Report on sanitation, dispensaries, and jails in Rajputana for 1916, and on vaccination for the year 1916-1917 - 1916-1917
Year: 1916
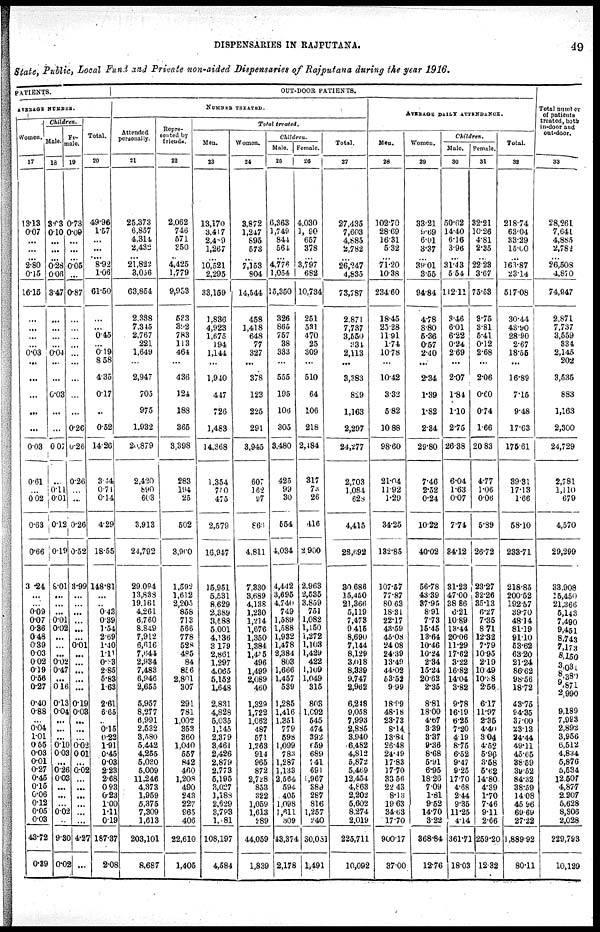
DISPENSARIES IN RAJPUTANA. 49
State, Public, Local Fund and Private non-aided Dispensaries of Rajputana during the year 1916.
PATIENTS.
AVERAGE MEMBER
Women.
17
13.13
0.07
...
...
...
2.80
0.15
16.15
...
...
...
...
0.03
...
...
...
...
...
0.03
0.61
0.02
0.63
0.66
3.24
...
...
0.09
0.07
0.86
048
0.39
0.03
0.02
0.19
0.56
0.27
0.40
0.88
...
0.04
1.01
0.55
0.03
0.01
0.27
0.45
0.15
0.06
0.12
0.05
0.03
43.72
0.39
Children.
Male.
18
3.93
0.10
...
...
... 0.28
0.06
3.47
...
...
...
...
0.04
...
...
0.03
...
...
0.07
..
0.11 0.01
0.12
0.19
8.01
...
...
...
0.01
0.02
...
...
...
0.02
0.47
...
0.16
0.13
0.04
...
...
...
0.10
0.03
...
0.26
0.03
...
...
...
0.02
...
9.30
0.02
Female.
19
0.73
0.09
...
...
...
0.05
...
0.87
...
...
...
...
...
...
...
...
...
0.26
0.26
0.26
...
...
0.26
0.32
3.99
...
...
...
...
...
...
0.01
...
...
...
...
...
0.19
0.03
...
...
...
0.02 0.01
...
0.02
...
...
...
...
...
...
4.27
...
Total.
20
49.96
1.57
...
...
... 8.92
1.06
61.50
...
...
0.45
...
0.19
8.58
4.35
017
..
0.32
14.26
3.44
0.71
0.14
4.29
18.55
148.81
...
...
0.43
0.39
1.54
2.69
1.40
1.11
0.03
2.85
5.83
1.63
2.61
6.65
...
0.15
0.22
1.91
0.45
0.03
2.23
2.68
0.93
0.23
1.00
1.11
0.19
187.37
2.08
OUT-DOOR PATIENTS.
NUMBER TREATED.
Attended
personally.
21
25.373
6.857
4.314
2,432
... 21.822
3.066
63,854
2.388
7.345
2,767
221
1,649
...
2,947
705
975
1.932
20.879
2.420
890
603
3.913
24,792
29.094
13,833
19.161
4.261
6.760
8.849
7,912
6,616
7,544
2.934
7,483
6,946
2,655
5,957
8,277
6,991
2.532
3,380
5.442
4,255
5.020
5.009
11,246
4.373
1,959
5,375
7,309
1,613
203,101
8,687
Repre¬
sented by
friends.
22
2,062
746
571
350
... 4,425
1,779
9,933
533
322
783
113
464
...
436
124
183
365
3.398
283
194
25
502
3.900
1,592
1,612
2,205
858
713
566
778
528
485
84
856
2.801
307
291
781
1,002
353
360
1,040
557
842
460
1,208
490
243
227
965
406
22,610
1,405
Total
treated.
Men.
23
13,170
3,417
2.489
1,267
...
10,521
2,295
33,159
1,836
4,923
1.675
194
1,144
...
1,940
447
726
1,483
14.368
1.354
770
475
2,579
16.947
15,951
5,531
8.629
2.389
3,688
5.001
4,136
3.179
2,861
1,297
4.065
5,152
1,648
2.831
4,828
5,035
1,145
2,379
3,461
2.426
2,879
2.773
5,196
3,027
1,l88
2,629
3,793
1,81
108,197
4,584
Women.
24
3,872
1,247
895
573
...
7.153
804
14,544
458
1,418
648
77
327
...
378
123
225
291
3,945
607
162
97
865
4.811
7.330
3,689
4,138
1,230
1,214
1,676
1.350
1,384
1,455
496
1,499
2,089
460
1,329
1,722
1,062
487
571
1.263
914
965
872
2,728
853
322
1,059
1,613
289
44,059
1,839
Children.
Male.
25
6,363
1,749
841
561
...
4,776
1,054
15,350
326
865
757
38
333
...
555
195
106
305
3.480
425
99
30
554
4.034
4,442
3,695
4,744
749
1,589
1,588
1,932
1,478
2,384
803
1,666
1,457
539
1,285
1,416
1.351
779
598
1,099
783
1,287
1,133
2,564
594
405
1,098
1,611
309
43,374
2,178
Female.
26
4.030
1, 90
657
378
... 3,797
682
10,734
251
531
470
25
309
...
510
64
106
218
2,184
317
74
26
416
2,900
2.963
2,535
3.869
751
1.082
1,150
1,272
1,103
1,429
422
1,109
1,049
315
803
1.092
545
474
392
659
689
741
691
1,967
389
287
816
1,257
240
30,051
1,491
Total.
27
27,435
7,603
4.885
2.782
...
26,247
4,835
73,787
2,871
7,737
3,550
234
2,113
...
3,383
829
1,163
2,297
24,277
2,703
1,084
628
4,415
28,692
30,686
15,450
21,366
5,119
7,478
9.415
8,690
7,144
8,129
3,018
8,339
9.747
2,962
6,218
9,058
7,993
2,885
3,940
6,482
4,812
5,872
5.469
12,454
4,963
2,202
5,602
8,274
2,019
225,71
10,092
AVERAGE DAILY ATTENDANCE.
Men.
28
102.70
28.69
16.31
5.32
... 71.20
10.38
234.60
18.45
25.28
11.91
1.74
10.78
...
10.42
3.32
5.82
10.88
98.60
21.04
11.92
1.29
34.25
132.85
107.57
77.87
80.63
18.31
22.17
43.59
45.08
24. 08
24.39
13.49
44.02
53.53
9.99
18.09
48.18
23.73
8.14
18.81
26.48
24.49
17.83
17.70
33.56
22.43
8.15
19.63
34. 03
17.70
900.17
37.00
Women.
29
33.21
9.69
6.01
3.37
... 39.01
3.55
94.84
4.78
8.80
5.36
0.57
2.40
...
2.34
1.39
1.82
2.34
29.80
7.46
2.52
0.24
10.22
40.02
56.78
43.39
37.95
8.91
7.73
15.45
13.64
10.46
10.24
2.34
15.24
20.62
2.35
8.81
18.00
4.67
3.39
3.37
9.36
8.68
5.91
6.95
18.26
7.09
1.81
9.52
14.70
3.22
368.84
12.76
Children.
Male.
30
50.62
14.40
6.16
3.96
...
31.43
5.54
112.11
3.46
6.01
6.22
0.24
2.69
...
2.07
1.84
1.10
2.75
26.38
6.04
1.63
0.07
7.74
34.12
31.23
47.00
38.86
6.21
10.89
13.44
20.06
11.29
17.62
3.22
16.82
14.04
3.82
9.78
16.19
6.25
7.20
4.19
8.75
6.52
9.47
9.25
17.70
468
2.44
9.35
11.25
4.14
361.71
18.03
Female.
31
32.21
10.26
4.81
2.35
...
22.28
3.67
75.53
3.75
3.81
5.41
0.12
2.68
...
2.06
0.00
0.74
1.66
20.83
4.77
1.06
0.06
5.39
26.72
23.27
82.26
85.13
6.27
7.35
8.71
12.32
7.79
10.95
2.19
10.49
108
2.56
6.17
11.97
2.35
4.40
3.04
4.52
5.96
3.58
5.62
14.80
4.39
1.70
7.46
9.11
2.66
259.20
12.32
Total.
32
218.74
63.04
33.29
15.00
...
163.87
23.14
517.08
30.44
43.90
28.90
2.67
18.56
...
16.89
7.15
9.48
17.63
175.61
39.31
17.13
1.66
58.10
233.71
218.85
200.52
192.57
39.70
48.14
81.19
91.10
53.62
63.20
21.24
86.62
98.56
18.72
43.75
94.35
37.00
23.13
24.44
49.ll
45.65
38.59
39.52
84.32
38.59
14.08
45.96
69.69
27.22
1,889.92
80.11
Total number
of patients
treated, both
in-door and
out-door.
33
28,261
7.641
4,885
2,784
...
26,508
4.840
74,947
2.871
7.737
3,559
334
2.145
202
3,535
883
1,163
2,300
24,729
2,781
1,110
679
4,570
29,299
33.908
15.450
21.366
5,143
7.490
9.451
8,743
7,173
3,150
3,031
8,380
9,871
2,990
9.189
7,993
2,892
3,956
6,512
4,834
5,876
5,534
12.507
4,877
2.207
5,628
8,306
2,028
229,793
10,129